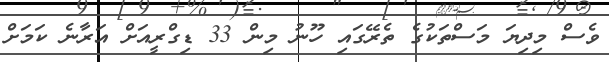
ވެސް މިދިޔަ މަސްތަކުގެ ތެރޭގައި ހޫނު މިން 33 ޑިގްރީއަށް އަރާނެ ކަމަށް